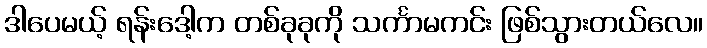
ဒါပေမယ့် ရန်းဒေါ့က တစ်ခုခုကို သင်္ကာမကင်း ဖြစ်သွားတယ်လေ။